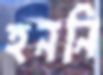
হননি